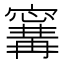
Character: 𭔝